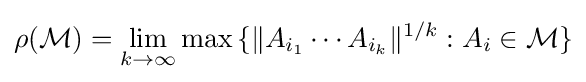
\rho ({\mathcal {M}})=\lim _{k\to \infty }\max {\{\|A_{i_{1}}\cdots A_{i_{k}}\|^{1/k}:A_{i}\in {\mathcal {M}}\}}